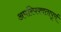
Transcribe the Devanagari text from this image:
अपरिपक्वतापूर्ण